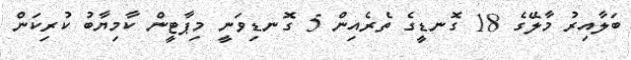
ބަލާއިރު މާލޭގެ 18 ގޮނޑީގެ ތެރެއިން 5 ގޮނޑިވަނީ މިޕާޓީން ކާމިޔާބު ކުރިކަން